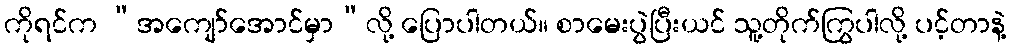
ကိုရင်က “အကျော်အောင်မှာ”လို့ ပြောပါတယ်။ စာမေးပွဲပြီးယင် သူ့တိုက်ကြွပါလို့ ပင့်တာနဲ့